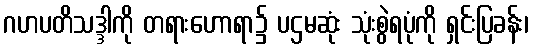
ဂဟပတိသဒ္ဒါကို တရားဟောရာ၌ ပဌမဆုံး သုံးစွဲရပုံကို ရှင်းပြခန်း၊